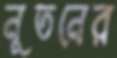
নূতনের